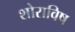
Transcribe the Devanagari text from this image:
शोराविष